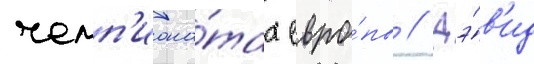
чемп'иона́тах евро́пы // Дэ́в'ид